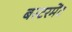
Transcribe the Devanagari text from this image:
बस्टरमेंट